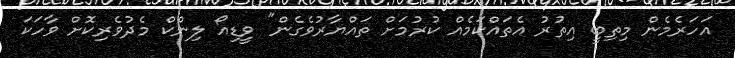
އަހަރެމެން މިތިބީ އިތުރު އެތައްކަމެއް ކުރުމަށް ތައްޔާރުވެގެން" ވީޑިއޯ ލިންކް މެދުވެރިކޮށް ވާހަކަ